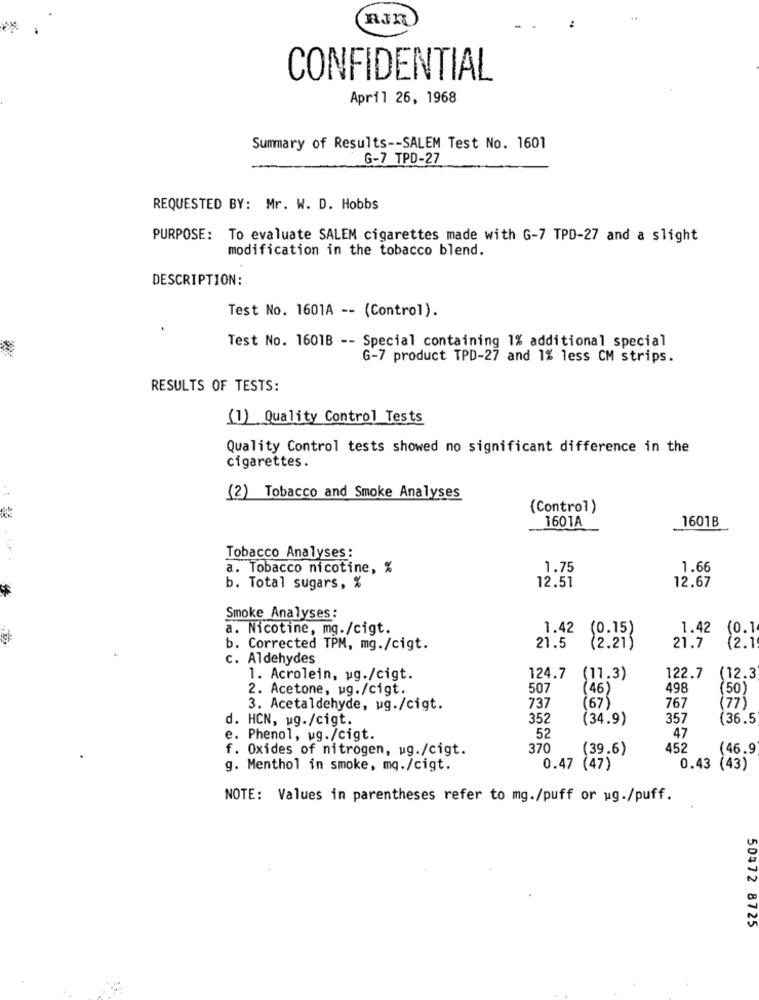
CONFIDENTIAL
April 26, 1968
Summary of Results -- SALEM Test No. 1601
G-7_TPD-27
REQUESTED BY: Mr. W. D. Hobbs
PURPOSE: To evaluate SALEM cigarettes made with G-7 TPD-27 and a slight
modification in the tobacco blend.
DESCRIPTION:
Test No. 1601A -- (Control).
Test No. 1601B -- Special containing 1% additional special
G-7 product TPD-27 and 1% less CM strips.
RESULTS OF TESTS:
(1) Quality Control Tests
Quality Control tests showed no significant difference in the
cigarettes.
(2) Tobacco and Smoke Analyses
(Control)
1601A
1601B
Tobacco Analyses:
a. Tobacco nicotine, %
1.75
1.66
b. Total sugars, %
12.51
12.67
Smoke Analyses:
a. Nicotine, mg./cigt.
1.42
(0.15)
1.42
(0.1
b. Corrected TPM, mg./cigt.
21.5
(2.21)
21.7
(2.1
c. Aldehydes
(12.3
1. Acrolein, ug./cigt.
124.7
(11.3)
122.7
2. Acetone, ug./cigt.
507
46)
498
50
3. Acetaldehyde, ug./cigt.
737
67)
767
(77)
d. HCN, ug./cigt.
352
(34.9)
357
(36.5
e. Phenol, ug./cigt.
52
47
f. Oxides of nitrogen, ug./cigt.
370
(39.6)
452
(46.9
g. Menthol in smoke, mg./cigt.
0.47 (47)
0.43 (43)
NOTE: Values in parentheses refer to mg./puff or ug./puff.
50372 8725